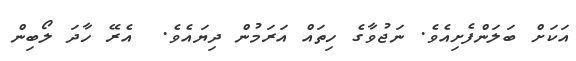
އަކަށް ބަލަންފެށިއެވެ. ނަޖުވާގެ ހިތައް އަރަމުން ދިޔައެވެ.  އެރޭ ހާދަ ލޯބިން